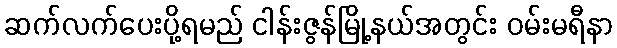
ဆက်လက်ပေးပို့ရမည် ငါန်းဇွန်မြို့နယ်အတွင်း ဝမ်းမရီနာ